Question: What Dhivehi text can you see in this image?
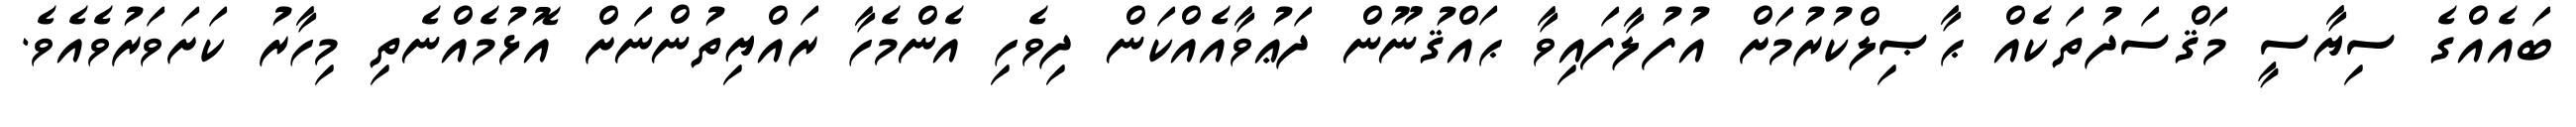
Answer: ބައެއްގެ ސިޔާސީ މަޤްސަދުތަކެއް ޙާޞިލްކުރުމަށް އުފުލާފައިވާ ޙައްޤުނޫން ދަޢުވާއެއްކަން ދިވެހި އެންމެހާ ރައްޔިތުންނަށް އޮޅުމެއްނެތި މިހާރު ކަށަވަރުވެއެވެ.